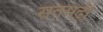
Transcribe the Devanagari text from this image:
सतमढ़ी